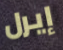
إيرل